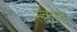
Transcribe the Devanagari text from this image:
स्क्वाड्